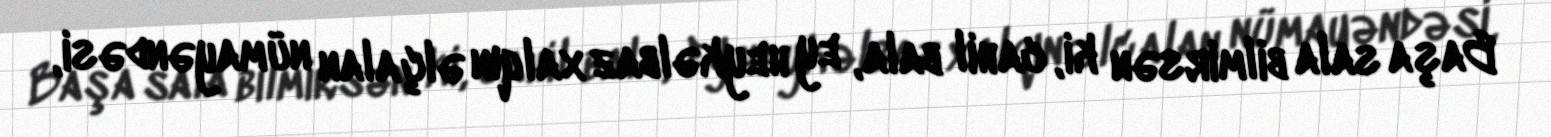
Başa sala bilmirsən ki, cahil bala, ey heykəlbaz xalqın əlçalan nümayəndəsi,